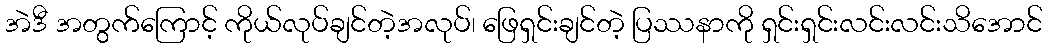
အဲဒီ အတွက်ကြောင့် ကိုယ်လုပ်ချင်တဲ့အလုပ်၊ ဖြေရှင်းချင်တဲ့ ပြဿနာကို ရှင်းရှင်းလင်းလင်းသိအောင်